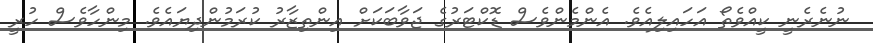
ނުނެރެނީ ކީއްވެތޯ އަހައިލިއެވެ. އެންމެންވެސް ޑޮކްޓަރުގެ ޖަވާބަކަށް އިންތިޒާރު ކުރަމުންދިޔައެވެ. މިންހާވެސް ހުރީ